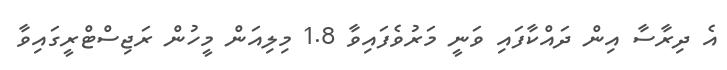
އެ ދިރާސާ އިން ދައްކާފައި ވަނީ މަރުވެފައިވާ 1.8 މިލިއަން މީހުން ރަޖިސްޓްރީގައިވާ